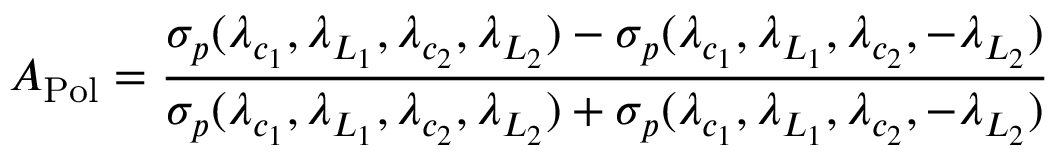
A _ { \mathrm { P o l } } = \frac { \sigma _ { p } ( \lambda _ { c _ { 1 } } , \lambda _ { L _ { 1 } } , \lambda _ { c _ { 2 } } , \lambda _ { L _ { 2 } } ) - \sigma _ { p } ( \lambda _ { c _ { 1 } } , \lambda _ { L _ { 1 } } , \lambda _ { c _ { 2 } } , - \lambda _ { L _ { 2 } } ) } { \sigma _ { p } ( \lambda _ { c _ { 1 } } , \lambda _ { L _ { 1 } } , \lambda _ { c _ { 2 } } , \lambda _ { L _ { 2 } } ) + \sigma _ { p } ( \lambda _ { c _ { 1 } } , \lambda _ { L _ { 1 } } , \lambda _ { c _ { 2 } } , - \lambda _ { L _ { 2 } } ) }